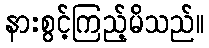
နားစွင့်ကြည့်မိသည်။